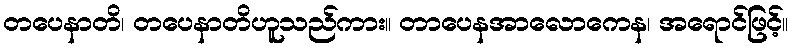
တပေနာတိ၊ တပေနာတိဟူသည်ကား။ တာပေနအာလောကေန၊ အရောင်ဖြင့်။